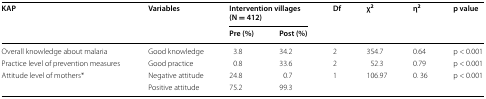
<table><thead><tr><td rowspan="2"><b>KAP</b></td><td rowspan="2"><b>Variables</b></td><td colspan="2"><b>Intervention villages (N = 412)</b></td><td rowspan="2"><b>Df</b></td><td rowspan="2"><b>χ<sup>2</sup></b></td><td rowspan="2"><b>η<sup>2</sup></b></td><td rowspan="2"><b>p value</b></td></tr><tr><td><b>Pre (%)</b></td><td><b>Post (%)</b></td></tr></thead><tbody><tr><td>Overall knowledge about malaria</td><td>Good knowledge</td><td>3.8</td><td>34.2</td><td>2</td><td>354.7</td><td>0.64</td><td>p &lt; 0.001</td></tr><tr><td>Practice level of prevention measures</td><td>Good practice</td><td>0.8</td><td>33.6</td><td>2</td><td>52.3</td><td>0.79</td><td>p &lt; 0.001</td></tr><tr><td rowspan="2">Attitude level of mothers*</td><td>Negative attitude</td><td>24.8</td><td>0.7</td><td rowspan="2">1</td><td rowspan="2">106.97</td><td rowspan="2">0. 36</td><td rowspan="2">p &lt; 0.001</td></tr><tr><td>Positive attitude</td><td>75.2</td><td>99.3</td></tr></tbody></table>